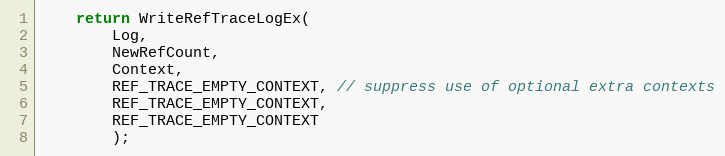
Language: C
    return WriteRefTraceLogEx(
        Log,
        NewRefCount,
        Context,
        REF_TRACE_EMPTY_CONTEXT, // suppress use of optional extra contexts
        REF_TRACE_EMPTY_CONTEXT,
        REF_TRACE_EMPTY_CONTEXT
        );